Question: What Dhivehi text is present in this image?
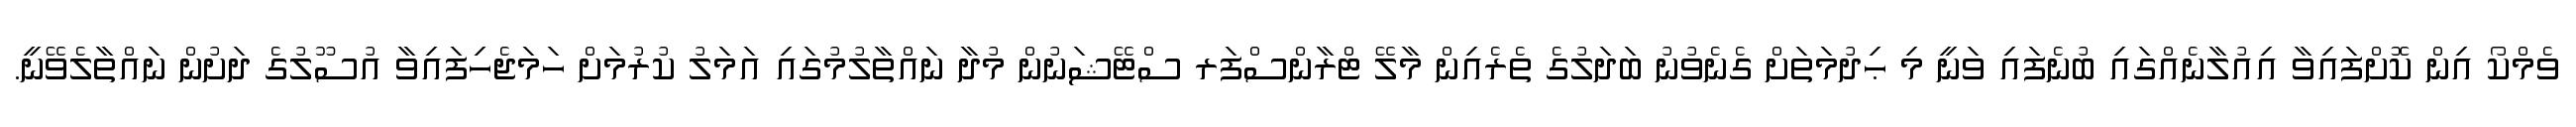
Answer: ވެމްކޯ އިން ކޮށްފައިވާ އިއުލާނެއްގައި ބުނެފައި ވަނީ މި ޙިދުމަތަށް ގެނެވުނު ބަދަލުގެ ތެރެއިން މާލޭ ޓްރާންސްފަރ ސްޓޭޝަނުން މުދާ ނައްތާލުމުގައި އަމަލު ކުރުމަށް ހަމަޖެހިފައިވާ އުސޫލުގެ ދަށުން ނައްތާލެވޭނީ.